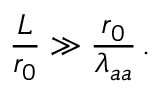
\frac { L } { r _ { 0 } } \gg \frac { r _ { 0 } } { \lambda _ { a a } } \, .